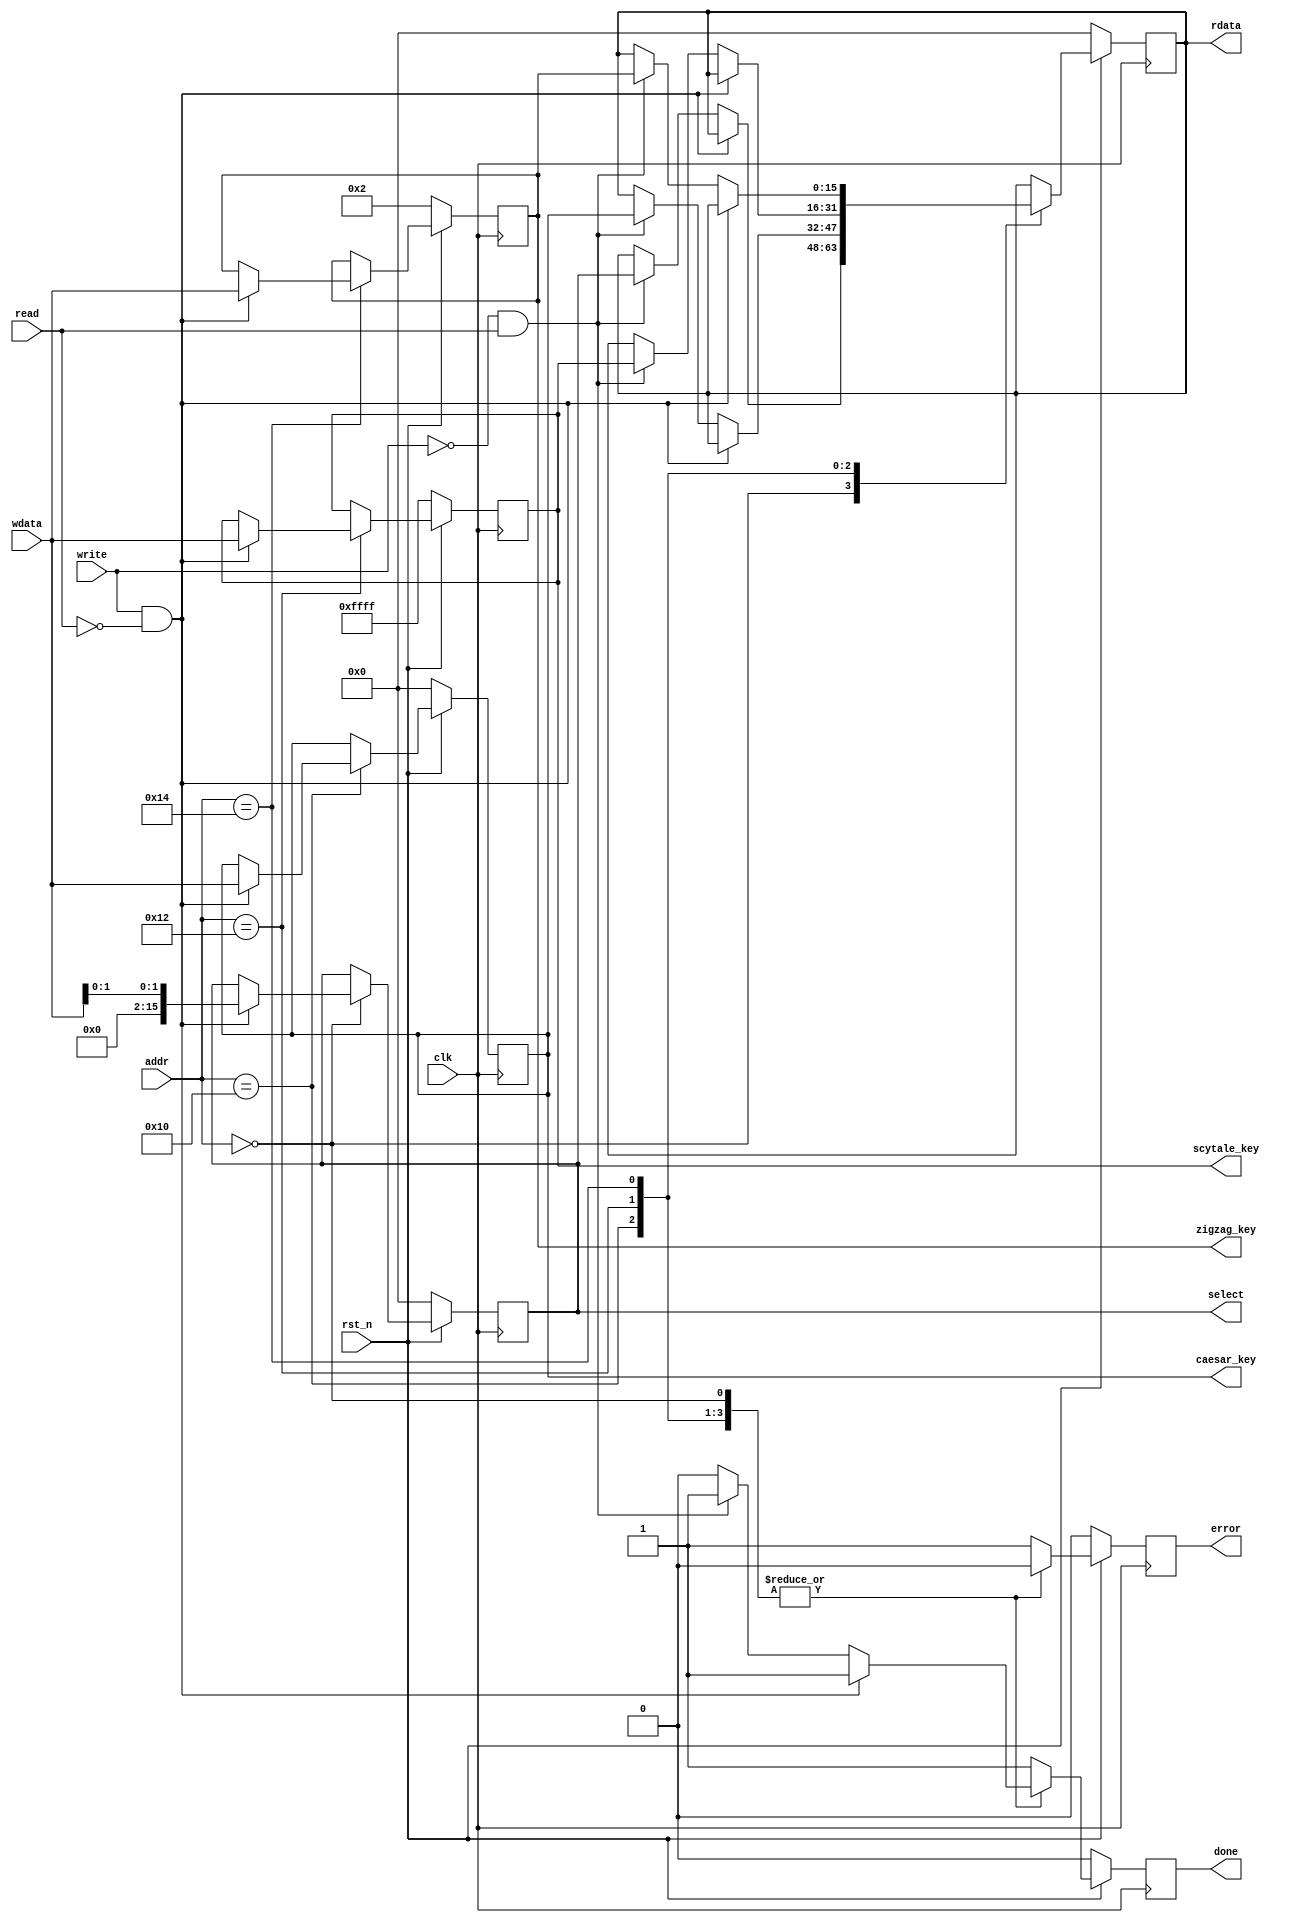
module decryption_regfile #(
			parameter addr_witdth = 8,
			parameter reg_width 	 = 16
		)(
			// Clock and reset interface
			input clk, 
			input rst_n,
			
			// Register access interface
			input[addr_witdth - 1:0] addr,
			input read,
			input write,
			input [reg_width -1 : 0] wdata,
			output reg [reg_width -1 : 0] rdata,
			output reg done,
			output reg error,
			
			// Output wires
			output reg[reg_width - 1 : 0] select,
			output reg[reg_width - 1 : 0] caesar_key,
			output reg[reg_width - 1 : 0] scytale_key,
			output reg[reg_width - 1 : 0] zigzag_key
    );


	


	
	always @(posedge clk) begin
		
			if (rst_n == 0) begin
			select <= 'h00;
			caesar_key <= 'h00;
			scytale_key <= 'hFFFF;
			zigzag_key  <= 'h02;
			done <= 0;
			error <= 0;
			rdata <= 'h00;
			end
			
			else begin
			
			error <= 0;
			done <= 0;
				
				case(addr) 
				'h00: begin
							if(write == 1 && read==0) begin
							select <= {14'b0,wdata[1:0]};
							done <= 1;
							end
							else if(write == 0 && read == 1) begin
							rdata <= select; 
							done <= 1;
							end
						end
							
				'h10:	begin
							if(write == 1 && read==0) begin
							caesar_key <= wdata;
							done <= 1;
							end
							else if(write == 0 && read == 1) begin
							rdata <= caesar_key; 
							done <= 1;
							end	
						end
						
				'h12:	begin
							if(write == 1 && read==0) begin
							scytale_key <= wdata;
							done <= 1;
							end
							else if( write == 0 && read == 1) begin
							rdata <= scytale_key; 
							done <= 1;
							end	
						end
						
				'h14:	begin
							if(write == 1 && read==0) begin
							zigzag_key <= wdata;
							done <= 1;
							end
							else if(write == 0 && read == 1) begin
							rdata <= zigzag_key; 
							done <= 1;
							end		
						end
				default: begin
								error <= 1;
								done <= 1;
							end
	
			endcase			
		end
				
				
				
			
	end


	
endmodule